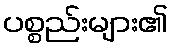
ပစ္စည်းများ၏